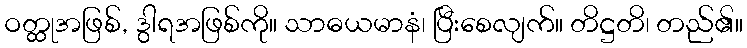
ဝတ္ထုအဖြစ်, ဒွါရအဖြစ်ကို။ သာဓယမာနံ၊ ပြီးစေလျက်။ တိဋ္ဌတိ၊ တည်၏။